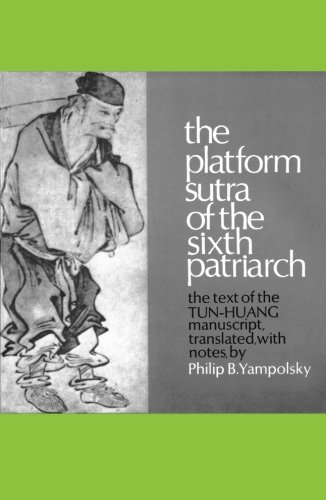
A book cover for The Platform Sutra of the Sixth Patriarch; Hui-neng; Religion & Spirituality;